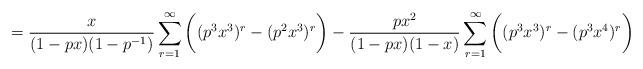
LaTeX: \begin{align*}=\frac{x}{(1-px)(1-p^{-1})}\sum_{r =1}^{\infty}\bigg((p^3x^3)^r- (p^2x^3)^r\bigg) - \frac{px^2}{(1-px)(1-x)}\sum_{r =1}^{\infty}\bigg((p^3x^3)^r -(p^3x^4)^r\bigg)\end{align*}